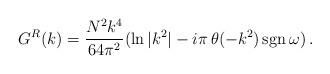
LaTeX: \begin{align*}G^R (k) = {N^2 k^4\over 64 \pi^2}( \ln{|k^2|} - i\pi\, \theta (-k^2)\, \mbox{sgn} \, \omega)\,.\end{align*}